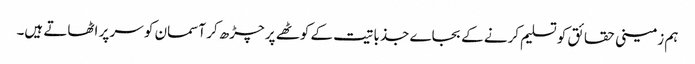
ہم زمینی حقائق کو تسلیم کرنے کے بجاے جذباتیت کے کوٹھے پر چڑھ کر آسمان کو سر پر اٹھاتے ہیں۔